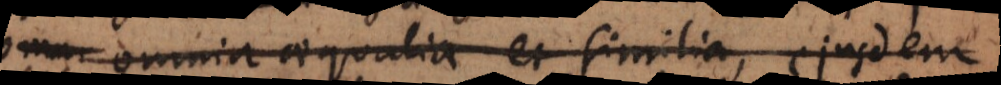
omnia aequalia et similia, ejusdem